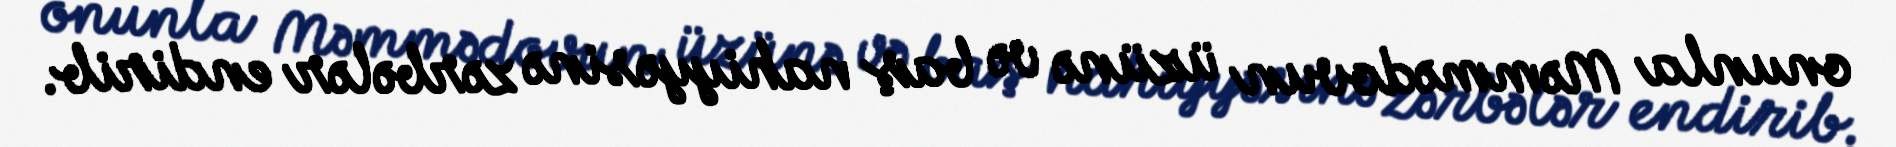
onunla Məmmədovun üzünə və baş nahiyyəsinə zərbələr endirib.